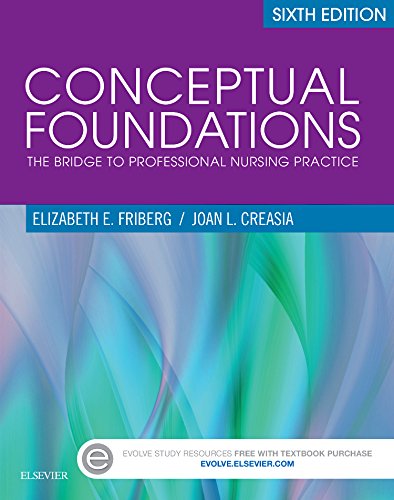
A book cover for Conceptual Foundations: The Bridge to Professional Nursing Practice, 6e; Elizabeth E. Friberg DNP  RN; Medical Books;